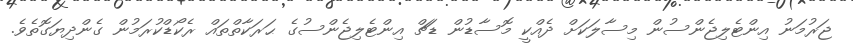
ޖަރުމަނު އިންޓެލިޖެންސުން މިސާލަކަށް ދެއްކީ މޮސާޑުން ޑަޗް އިންޓެލިޖެންސުގެ ޙަރަކާތްތައް ރެކޯޑްކުރަމުން ގެންދިޔަގޮތެވެ.